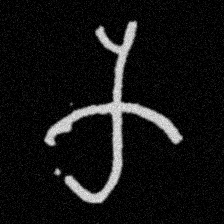
Pyu character \u2014 Myanmar letter: က (romanized: ka)